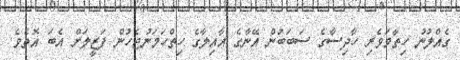
ގެއްލުނު ހިތާމަވެރި ހާދިސާގެ ސަބަބުން އޭނާގެ އާއިލާގެ ހިތްހަމަނުޖެހުން ފަޒީލަށް އެބަ އޮތެވެ.